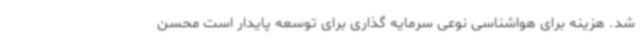
شد. هزینه برای هواشناسی نوعی سرمایه گذاری برای توسعه پایدار است محسن